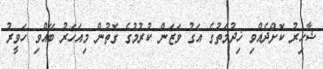
ޝާހިރު ކޮށްދެއްވި ޚިދުމަތުގެ އަގު ވަޒަން ކުރުމުގެ ގޮތުން މިއަހަރު ބޭއްވި ހަވީރު